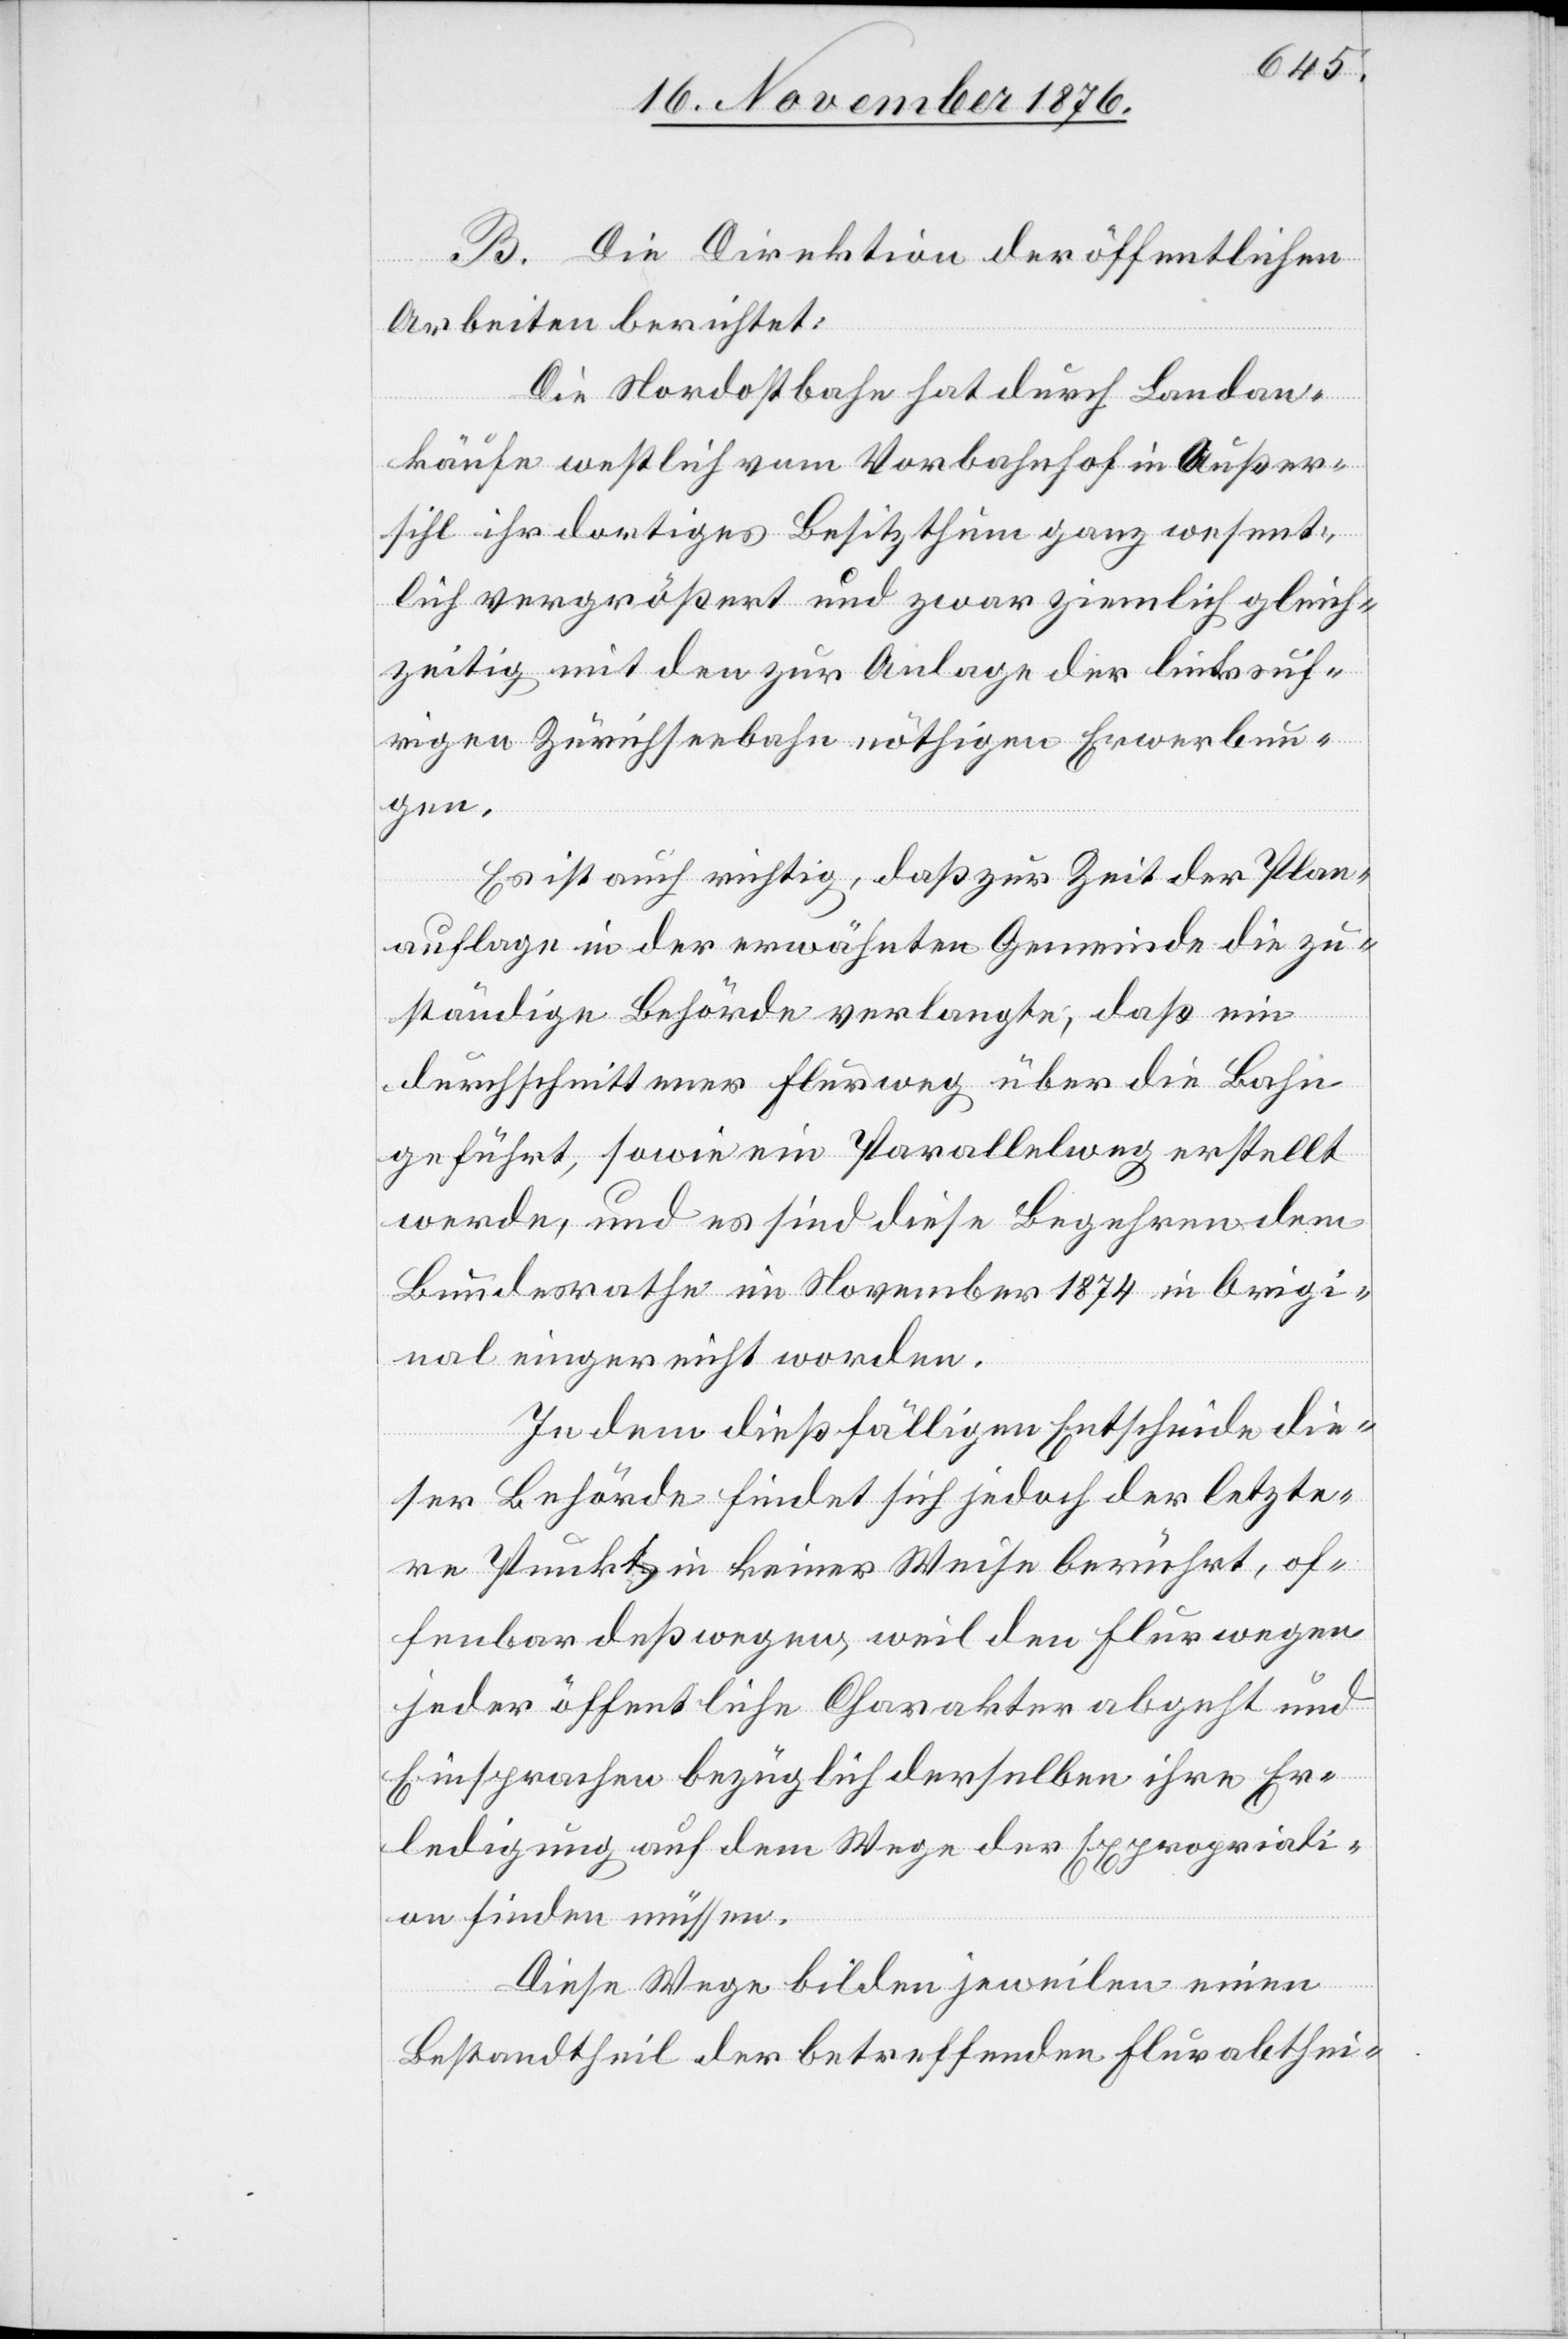
B. Die Direktion der öffentlichen
Arbeiten berichtet:
Die Nordostbahn hat durch Landan¬
käufe westlich vom Vorbahnhof in Außer¬
sihl ihr dortiges Besitzthum ganz wesent¬
lich vergrößert und zwar ziemlich gleich¬
zeitig mit den zur Anlage der linksuf¬
rigen Zürichseebahn nöthigen Erwerbun¬
gen.
Es ist auch richtig, daß zur Zeit der Plan¬
auflage in der erwähnten Gemeinde die zu¬
ständige Behörde verlangte, daß ein
durchschnittener Flurweg über die Bahn
geführt, sowie ein Parallelweg erstellt
werde, und es sind diese Begehren dem
Bundesrathe im November 1874 in Origi¬
nal eingereicht worden.
In dem dießfälligen Entscheide die¬
ser Behörde findet sich jedoch der letzte¬
re Punkt in keiner Weise berührt, of¬
fenbar deßwegen, weil den Flurwegen
jeder öffentliche Charakter abgeht und
Einsprachen bezüglich derselben ihre Er¬
ledigung auf dem Wege der Expropriati¬
on finden müssen.
Diese Wege bilden jeweilen einen
Bestandtheil der betreffenden Flurabthei-